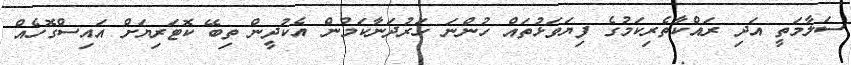
ސަލާމަތީ އަދި ރައްކާތެރިކަމުގެ ފިޔަވަޅުތައް ހުންނަ ހަރުދަނާކަމުން އެކުދީން ތިބޭ ކޮޓަރިޔަށް އައިސްގޮހެއް